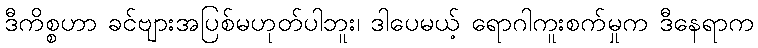
ဒီကိစ္စဟာ ခင်ဗျားအပြစ်မဟုတ်ပါဘူး၊ ဒါပေမယ့် ရောဂါကူးစက်မှုက ဒီနေရာက